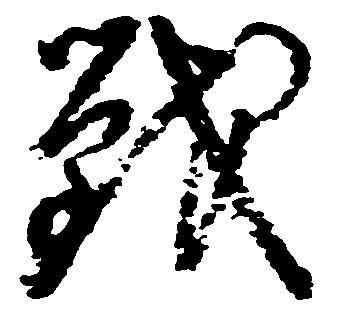
戦